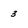
Character: 3